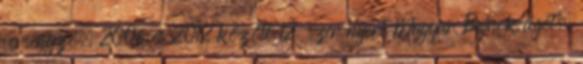
versenyző. 2006 és 2012 között 12-szer nyert Magyar Bajnokságot,